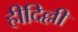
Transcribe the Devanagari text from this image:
हीदिल्ली